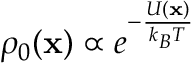
\rho _ { 0 } ( \mathbf { x } ) \propto e ^ { - \frac { U ( \mathbf { x } ) } { k _ { B } T } }